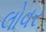
લોવર